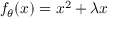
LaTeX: f _ { \theta } ( x ) = x ^ { 2 } + \lambda x